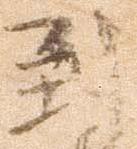
到